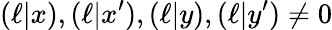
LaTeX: (\ell|x),(\ell|x^{\prime}),(\ell|y),(\ell|y^{\prime})\neq 0